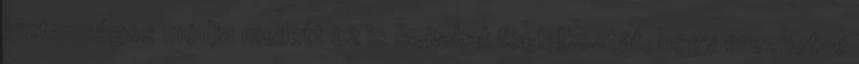
biztonságos módja mellett az is sokakat foglalkoztat, hogy érezhet-e